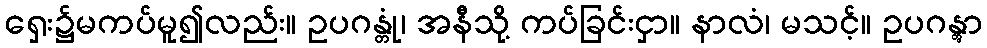
ရှေး၌မကပ်မူ၍လည်း။ ဥပဂန္တုံ၊ အနီသို့ ကပ်ခြင်းငှာ။ နာလံ၊ မသင့်။ ဥပဂန္တွာ